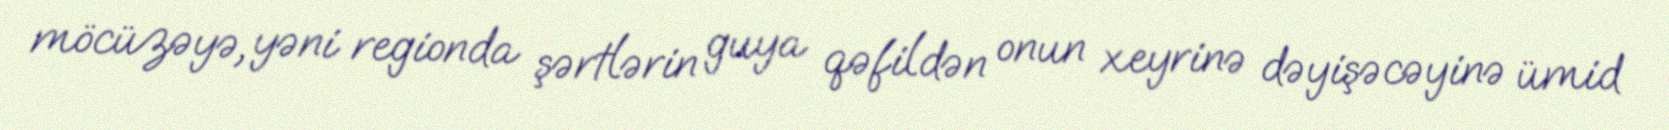
möcüzəyə, yəni regionda şərtlərin guya qəfildən onun xeyrinə dəyişəcəyinə ümid